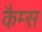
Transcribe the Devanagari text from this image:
कैम्स